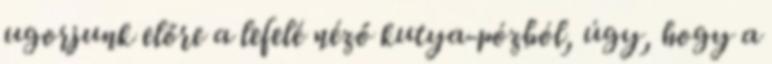
ugorjunk előre a lefelé néző kutya-pózból, úgy, hogy a